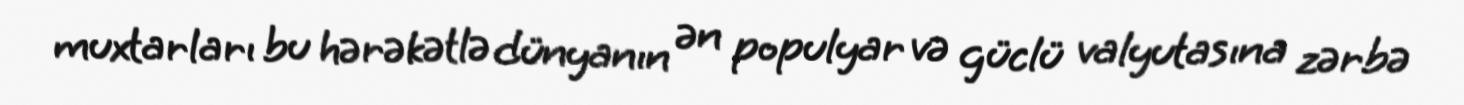
muxtarları bu hərəkətlə dünyanın ən populyar və güclü valyutasına zərbə